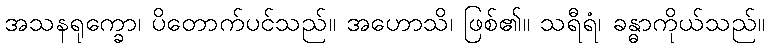
အသနရုက္ခော၊ ပိတောက်ပင်သည်။ အဟောသိ၊ ဖြစ်၏။ သရီရံ၊ ခန္ဓာကိုယ်သည်။